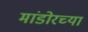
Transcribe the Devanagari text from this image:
मांडोरच्या